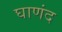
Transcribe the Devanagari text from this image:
घाणंद